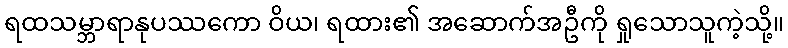
ရထသမ္ဘာရာနုပဿကော ဝိယ၊ ရထား၏ အဆောက်အဦကို ရှုသောသူကဲ့သို့။